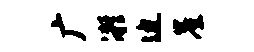
广凝迫崖